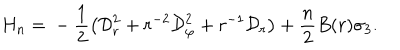
H _ { n } = { } - \frac 1 2 \left( { \cal D } _ { r } ^ { 2 } + r ^ { - 2 } { \cal D } _ { \varphi } ^ { 2 } + r ^ { - 1 } { \cal D } _ { r } \right) + \frac n 2 B ( r ) \sigma _ { 3 } .